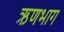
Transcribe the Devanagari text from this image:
ऋणभाग